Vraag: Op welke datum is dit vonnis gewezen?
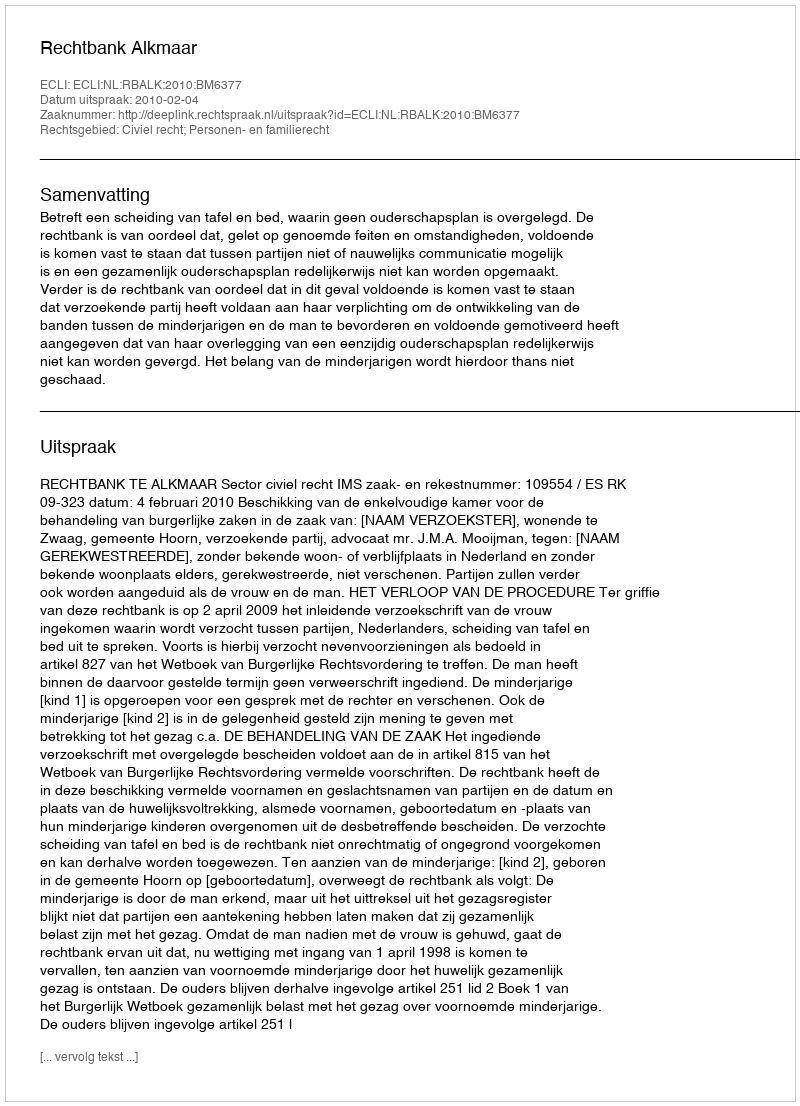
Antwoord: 2010-02-04